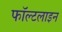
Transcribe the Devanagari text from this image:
फॉल्टलाइन